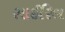
સાઈરિલ